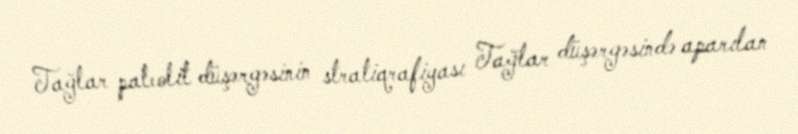
Tağlar paleolit düşərgəsinin stratiqrafiyası Tağlar düşərgəsində aparılan